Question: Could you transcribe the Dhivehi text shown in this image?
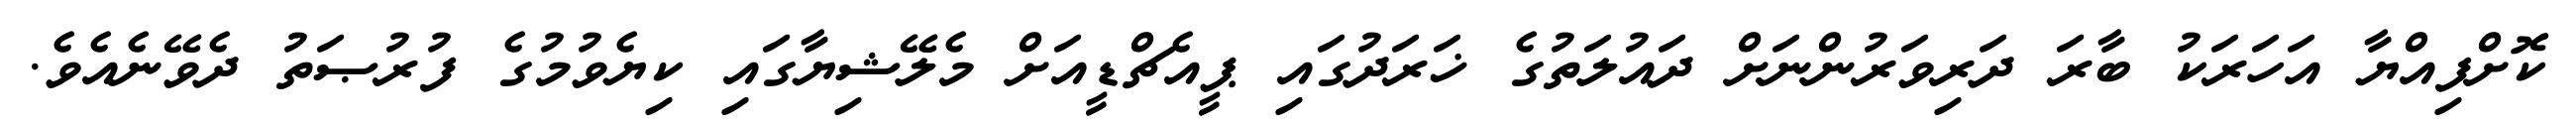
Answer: ކޮށްފިއްޔާ އަހަރަކު ބާރަ ދަރިވަރުންނަށް ދައުލަތުގެ ޚަރަދުގައި ޕީއެޗްޑީއަށް މެލޭޝިޔާގައި ކިޔެވުމުގެ ފުރުޞަތު ދެވޭނެއެވެ.